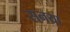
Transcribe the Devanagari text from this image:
सनया